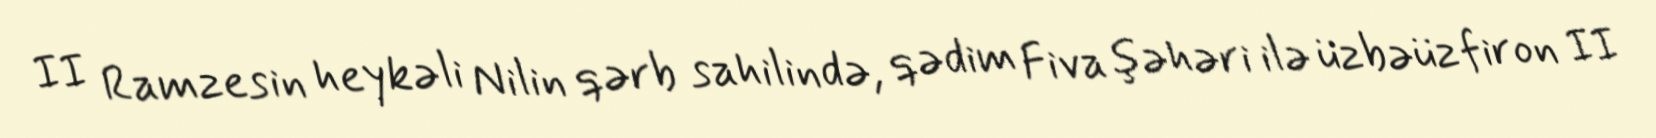
II Ramzesin heykəli Nilin qərb sahilində, qədim Fiva şəhəri ilə üzbəüz firon II